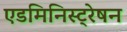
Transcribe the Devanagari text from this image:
एडमिनिस्ट्रेषन